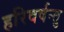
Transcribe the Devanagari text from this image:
हरिवर्षन्तु